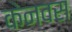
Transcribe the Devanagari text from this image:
केनवस